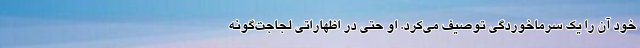
خود آن را یک سرماخوردگی توصیف می‌کرد. او حتی در اظهاراتی لجاجت‌گونه